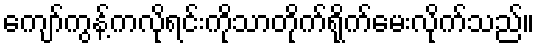
ကျော်ကွန့်ကလိုရင်းကိုသာတိုက်ရိုက်မေးလိုက်သည်။